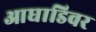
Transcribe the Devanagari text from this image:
आघाडिवर